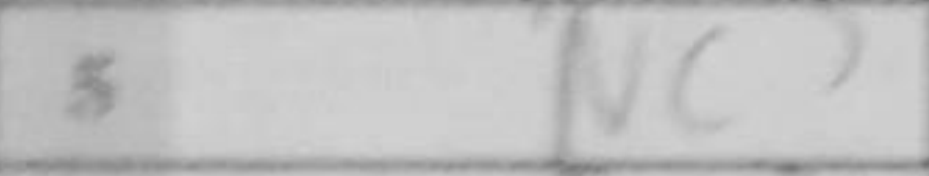
Transcription: Nc3